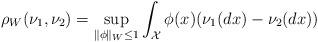
LaTeX: \begin{align*}\rho_W (\nu_1, \nu_2) = \sup_{\| \phi\|_W \leq 1}\int_{\mathcal{X}} \phi(x) (\nu_1(dx) - \nu_2(dx))\end{align*}